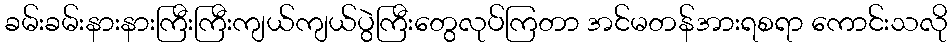
ခမ်းခမ်းနားနားကြီးကြီးကျယ်ကျယ်ပွဲကြီးတွေလုပ်ကြတာ အင်မတန်အားရစရာ ကောင်းသလို